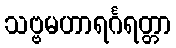
သဗ္ဗမဟာရင်္ဂရတ္တာ